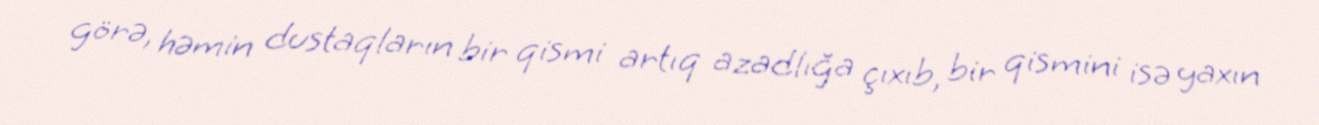
görə, həmin dustaqların bir qismi artıq azadlığa çıxıb, bir qismini isə yaxın